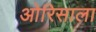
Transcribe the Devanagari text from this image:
ओरिसाला